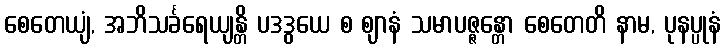
စေတေယျံ, အဘိသင်္ခရေယျန္တိ ပဒဒွယေ စ ဈာနံ သမာပဇ္ဇန္တော စေတေတိ နာမ, ပုနပ္ပုနံ